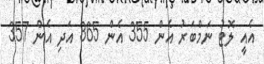
އެއީ ލޮޓު ނަމްބަރު އެން 355 އެން 365 އަދި އެން 357